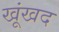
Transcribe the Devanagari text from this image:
खूंखद